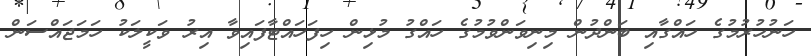
ހަނުހުރުމުގެ ހައްގާއި ބަންދުން މިނިވަންވުމުގެ ހައްގު މުޅިން ހިފަހައްޓާފައިވާ އިރު ވަކީލަކު ހަމަޖައްސަން